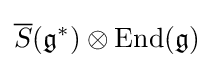
{\overline {S}}({\mathfrak {g}}^{\ast })\otimes \mathrm {End} ({\mathfrak {g}})